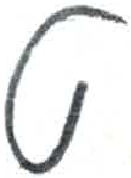
אות: ט